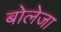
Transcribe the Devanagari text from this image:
बोलेजा